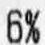
6%